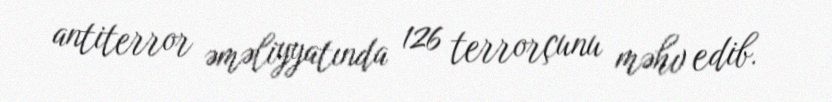
antiterror əməliyyatında 126 terrorçunu məhv edib.